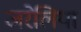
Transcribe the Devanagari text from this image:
जरेलिया